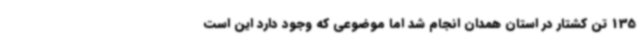
135 تن کشتار در استان همدان انجام شد اما موضوعی که وجود دارد این است